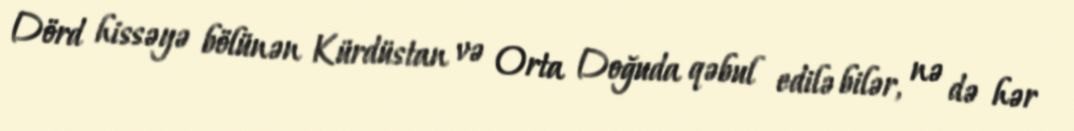
Dörd hissəyə bölünən Kürdüstan və Orta Doğuda qəbul edilə bilər, nə də hər